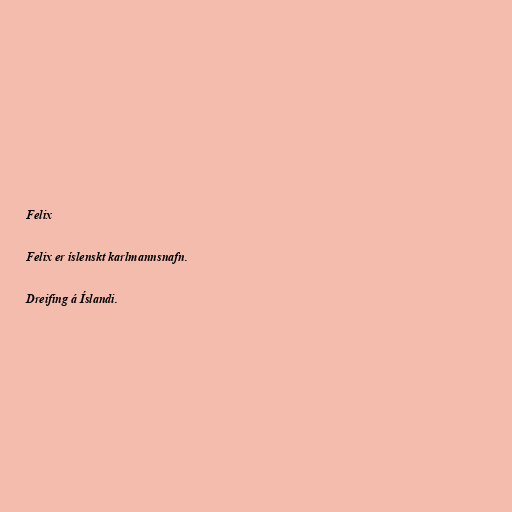
Felix

Felix er íslenskt karlmannsnafn.

Dreifing á Íslandi.